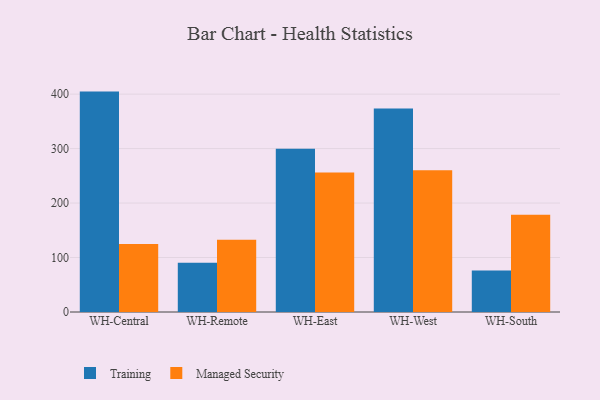
{"axis": {"x": "Warehouse", "y": "Inventory Turnover"}, "legend": ["Managed Security", "Training"], "data": [{"x": "WH-Central", "y": 404.6, "type": "Training"}, {"x": "WH-Central", "y": 124.8, "type": "Managed Security"}, {"x": "WH-Remote", "y": 90.5, "type": "Training"}, {"x": "WH-Remote", "y": 132.6, "type": "Managed Security"}, {"x": "WH-East", "y": 299.8, "type": "Training"}, {"x": "WH-East", "y": 256.1, "type": "Managed Security"}, {"x": "WH-West", "y": 373.6, "type": "Training"}, {"x": "WH-West", "y": 260.4, "type": "Managed Security"}, {"x": "WH-South", "y": 76.0, "type": "Training"}, {"x": "WH-South", "y": 178.3, "type": "Managed Security"}]}